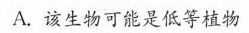
A.该生物可能是低等植物